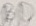
Text: RD